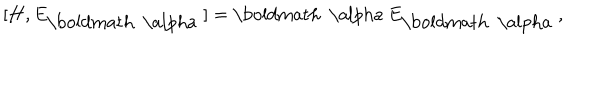
[ { \bf H } , E _ { \mathrm { \boldmath ~ \ a l p h a ~ } } ] = { \mathrm { \boldmath ~ \ a l p h a ~ } } E _ { \mathrm { \boldmath ~ \ a l p h a ~ } } ,